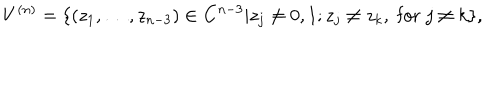
V ^ { ( n ) } = \{ ( z _ { 1 } , \ldots , z _ { n - 3 } ) \in { \bf C } ^ { n - 3 } | z _ { j } \ne 0 , 1 ; z _ { j } \ne z _ { k } , \; \mathrm { f o r } \; j \ne k \} ,